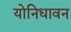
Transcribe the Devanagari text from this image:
योनिधावन